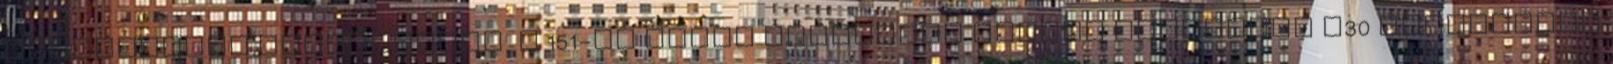
Fenntartása szerkesztés A 151-es számú csomópont Igrici közelében M30 Jelzőtábla